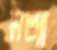
সত্যা